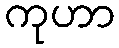
ကုဟာ